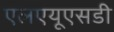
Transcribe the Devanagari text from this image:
एलएयूएसडी